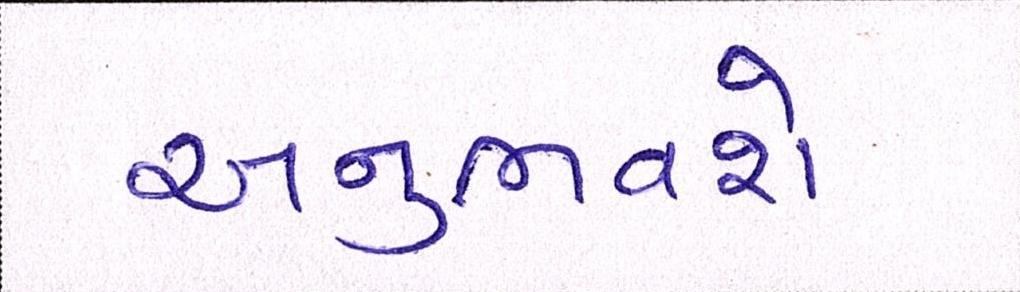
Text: અનુભવશે